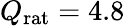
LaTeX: Q_{\mathrm{rat}}=4.8